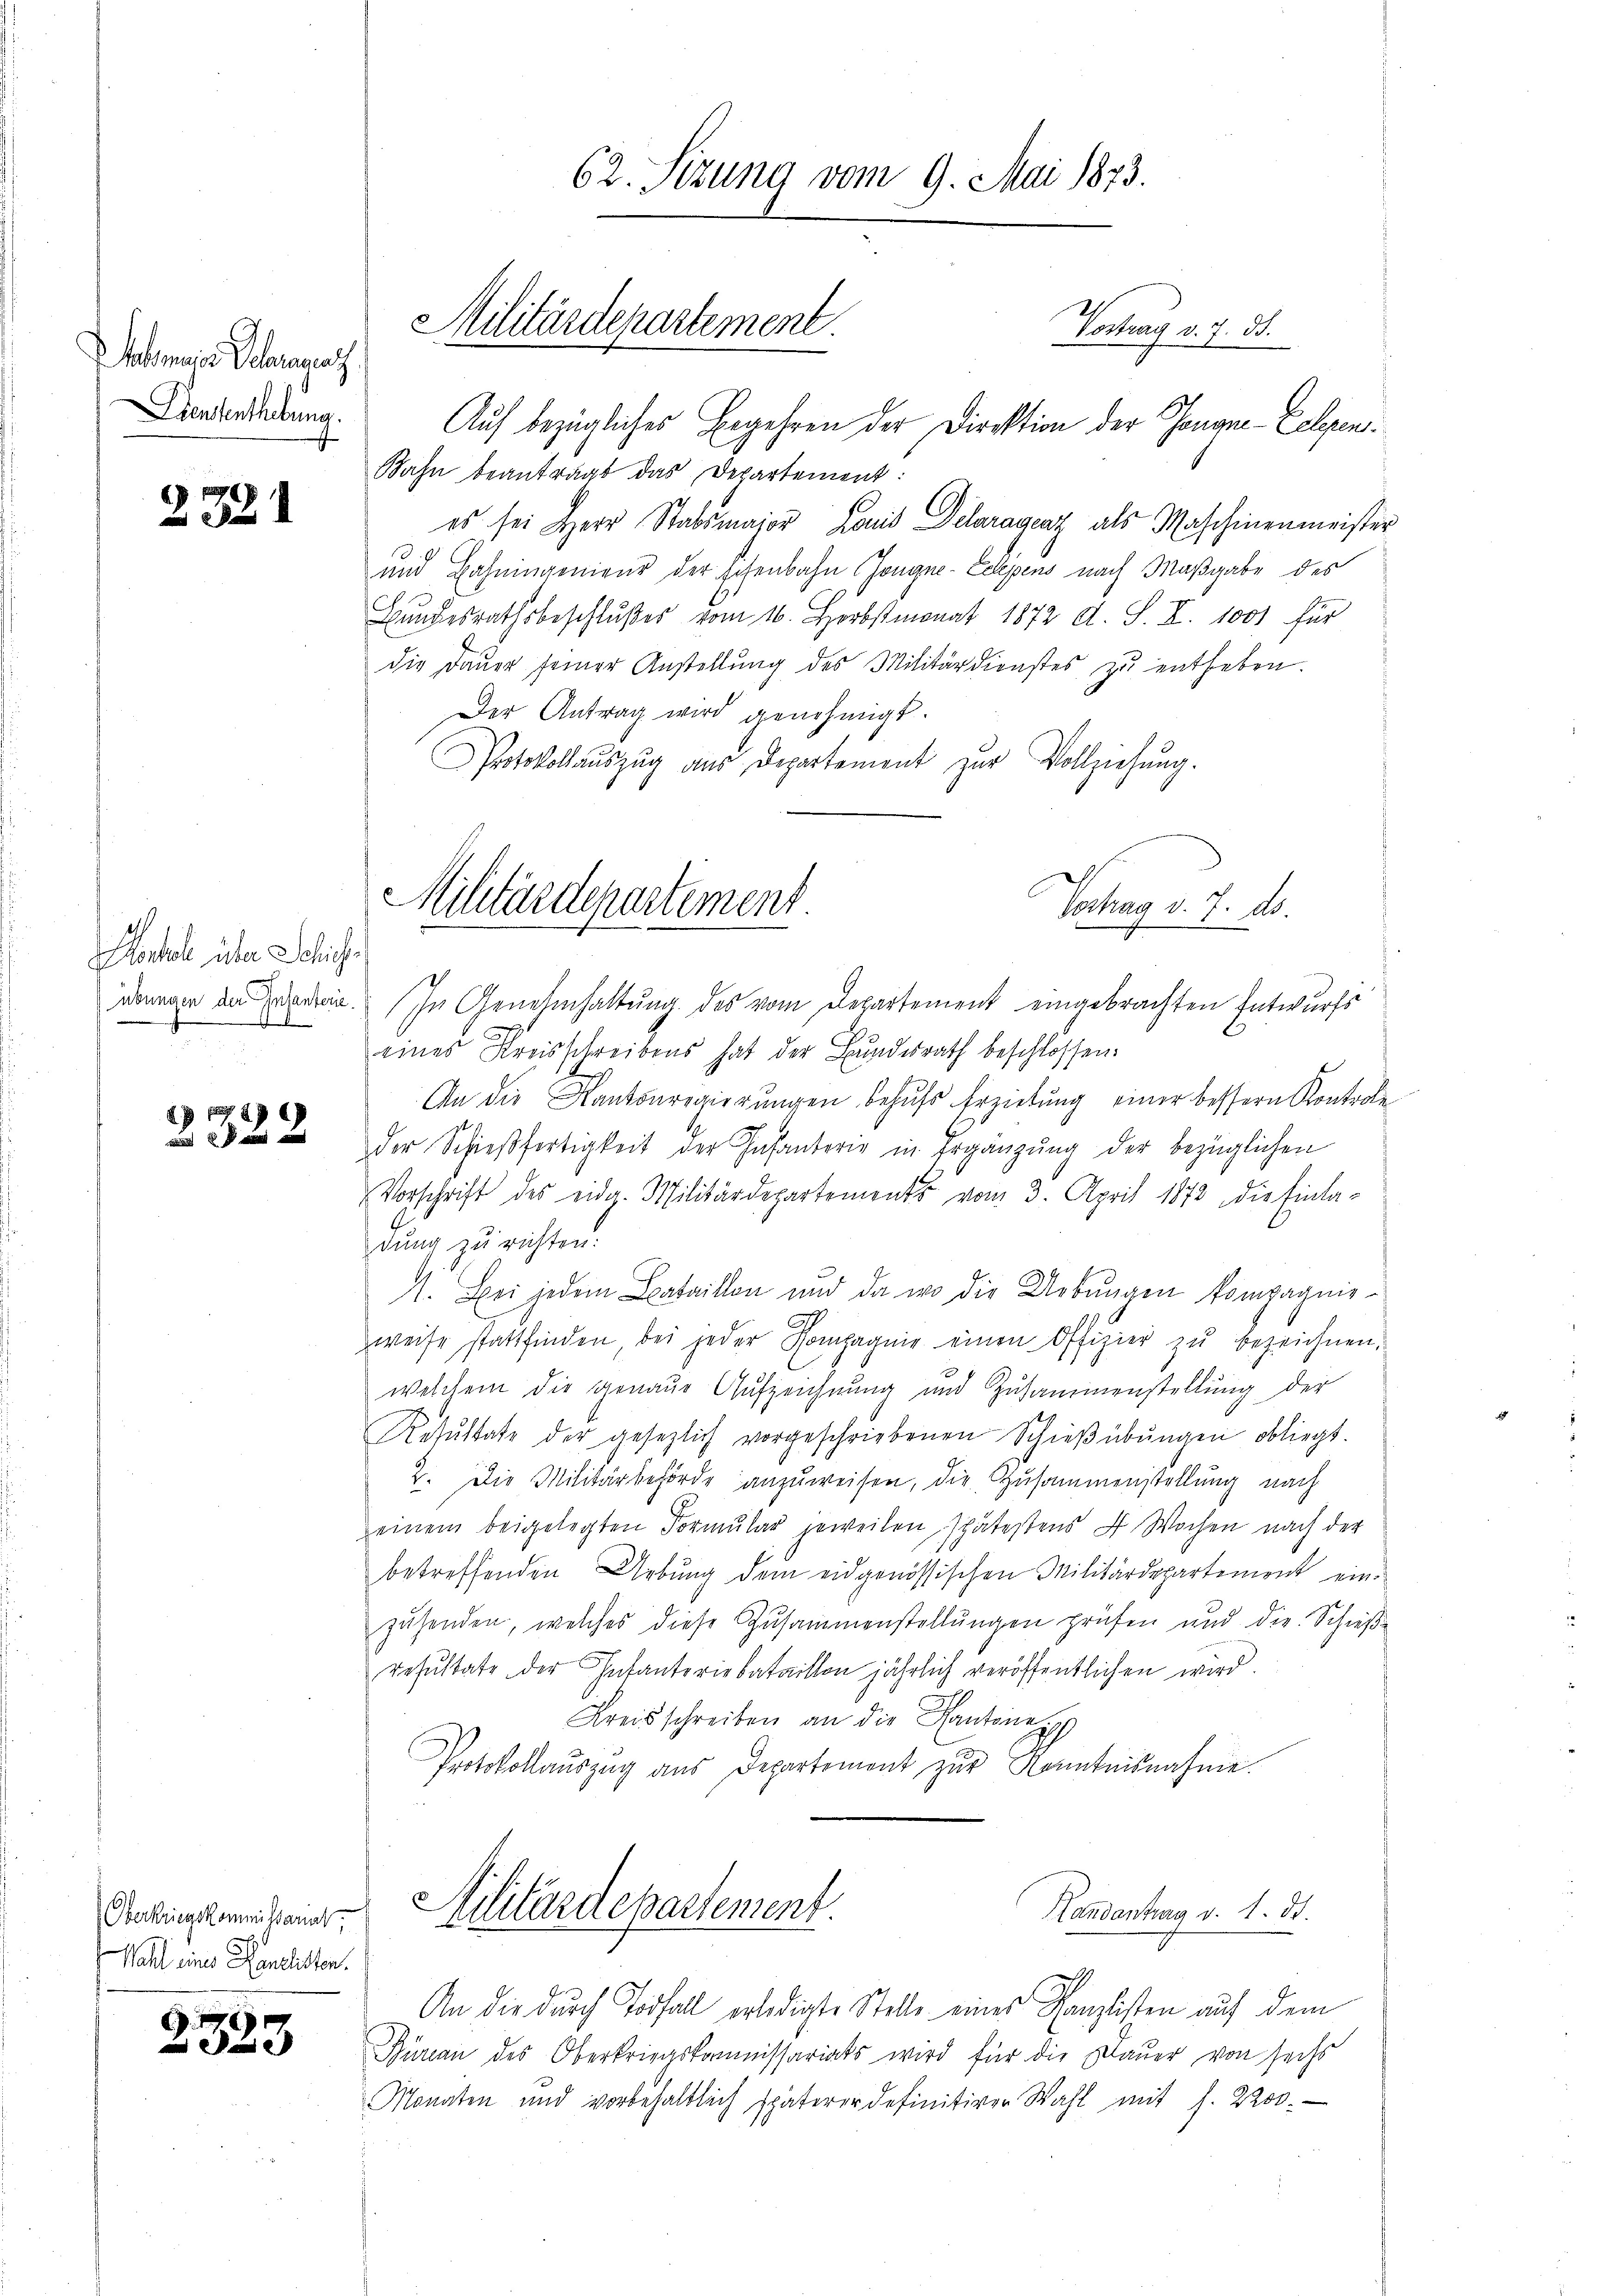
Stabsmajors Schranaz
Diententhebung.

2321

antel über Schich
8

2322

Oberkriegskommissariat,
Wahl eines Kanalisten.

2523

Vortrag v. 7. ds.
Auf bezügliches Begehren der Direktion der Tongne-Telegen¬
Bahn beantragt das Departement:
es sei Herr Stabsmajor Land Delaraganz als Maschinenmeister
und Bahningenieur der schenbahn Jongne-Echpens nach Maßgabe des
Bŭndesrathsbeschlußes vom 16. Horbstmonat 1872 d. S. I. 1001 für
die Daŭer seiner Anstellŭng des Militärdienstes zŭ entheben.
Der Antrag wird genehmigt.
Protokollauszug aus Departement zur Vollziehung.

Militärdepartement.

Militärdepartement.

62. Sizung vom 9. Mai 1873.

übungen da daran. In Genehmhaltung des vom Departement eingebrachten Entwurfs
eines Kreisschreibens hat der Bundesrath beschlossen:
An die Kantonregierŭngen behŭfs Erziehŭng einer bessern Kontrole
der Schieβfertigkeit der Infanterig in Ergänzŭng der bezüglichen
Vorschrift des eidg. Militärdepartements vom 3. April 1873, die Einla-
dung zu richten:
1. Bei jedem Bataillon und da wo die Uebungen kompagnisweise stattfinden, bei jeder Kompagnie einen Offizier zŭ bezeichnen,
welchem die genaue Aufzeichnung und Zusammenstellung der
Resŭltate der gesezlich vorgeschriebenen Schieβübŭngen obliegt.
2. Die Militärbehörde anzuweisen, die Zusammenstellung nach
einem beigelegten Formular jeweilen spätestens 4 Wochen nach der
betreffenden Uebung dem eidgenössischen Militärdepartement einzŭhenden, welches diese Zusammenstellŭngen prüfen und die Schieβ-
resŭltate der Infanteriebataillon jährlich veröffentlichen wird.
Kreisschreiben an die Kantone
Protokollauszug aus Departement zur Kenntnisnahme.

Vortrag v. 7. ds.

An die durch Todfall erledigte Stelle eines Kanzlisten auf dem
Bureau des Oberkriegskommissariats wird für die Mauer von sechs
Monaten und vorbehaltlich späterer definitiver Wahl mit s. 2200.

Ailitärdepartement.
Handantrag v. 1. ds.